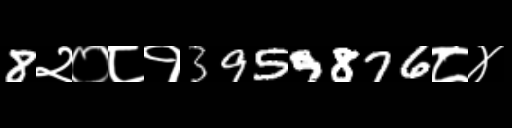
Text: 8२०८१3959876८४